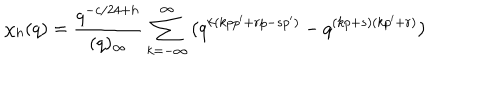
\chi _ { h } ( q ) = { \frac { q ^ { - c / 2 4 + h } } { ( q ) _ { \infty } } } \sum _ { k = - \infty } ^ { \infty } \big ( q ^ { k ( k p p ^ { \prime } + r p - s p ^ { \prime } ) } - q ^ { ( k p + s ) ( k p ^ { \prime } + r ) } \big )